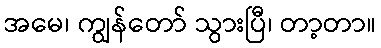
အမေ၊ ကျွန်တော် သွားပြီ၊ တာ့တာ။